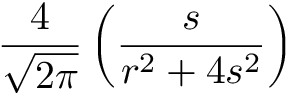
\frac { 4 } { \sqrt { 2 \pi } } \left( \frac { s } { r ^ { 2 } + 4 s ^ { 2 } } \right)